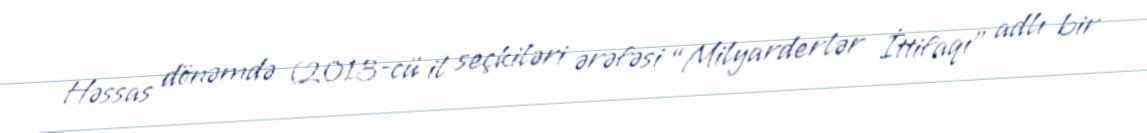
Həssas dönəmdə (2013-cü il seçkiləri ərəfəsi “Milyarderlər İttifaqı” adlı bir